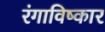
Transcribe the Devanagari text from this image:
रंगाविष्कार